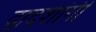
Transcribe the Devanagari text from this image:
द्वादशांगी